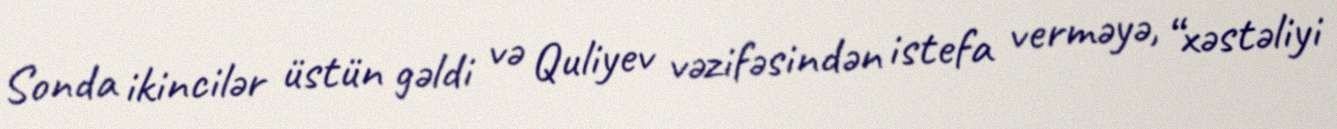
Sonda ikincilər üstün gəldi və Quliyev vəzifəsindən istefa verməyə, “xəstəliyi